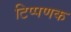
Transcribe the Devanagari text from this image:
टिप्पणक